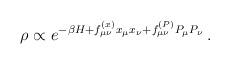
LaTeX: \begin{align*}\rho \propto e^{-\beta H + f^{(x)}_{\mu\nu} x_\mu x_\nu + f^{(P)}_{\mu\nu} P_\mu P_\nu}\,.\end{align*}